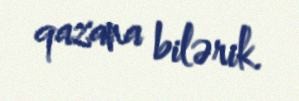
qazana bilərik.